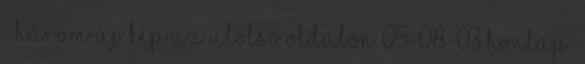
» három új kép az utolsó oldalon 05-08-03 Honlap: